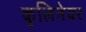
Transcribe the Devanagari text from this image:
कुलिनेयर